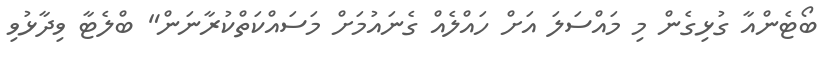
ބޯޓެންއާ ގުޅިގެން މި މައްސަލަ އަށް ހައްލެއް ގެނައުމަށް މަސައްކަތްކުރާނަން" ބްލެޓާ ވިދާޅުވި